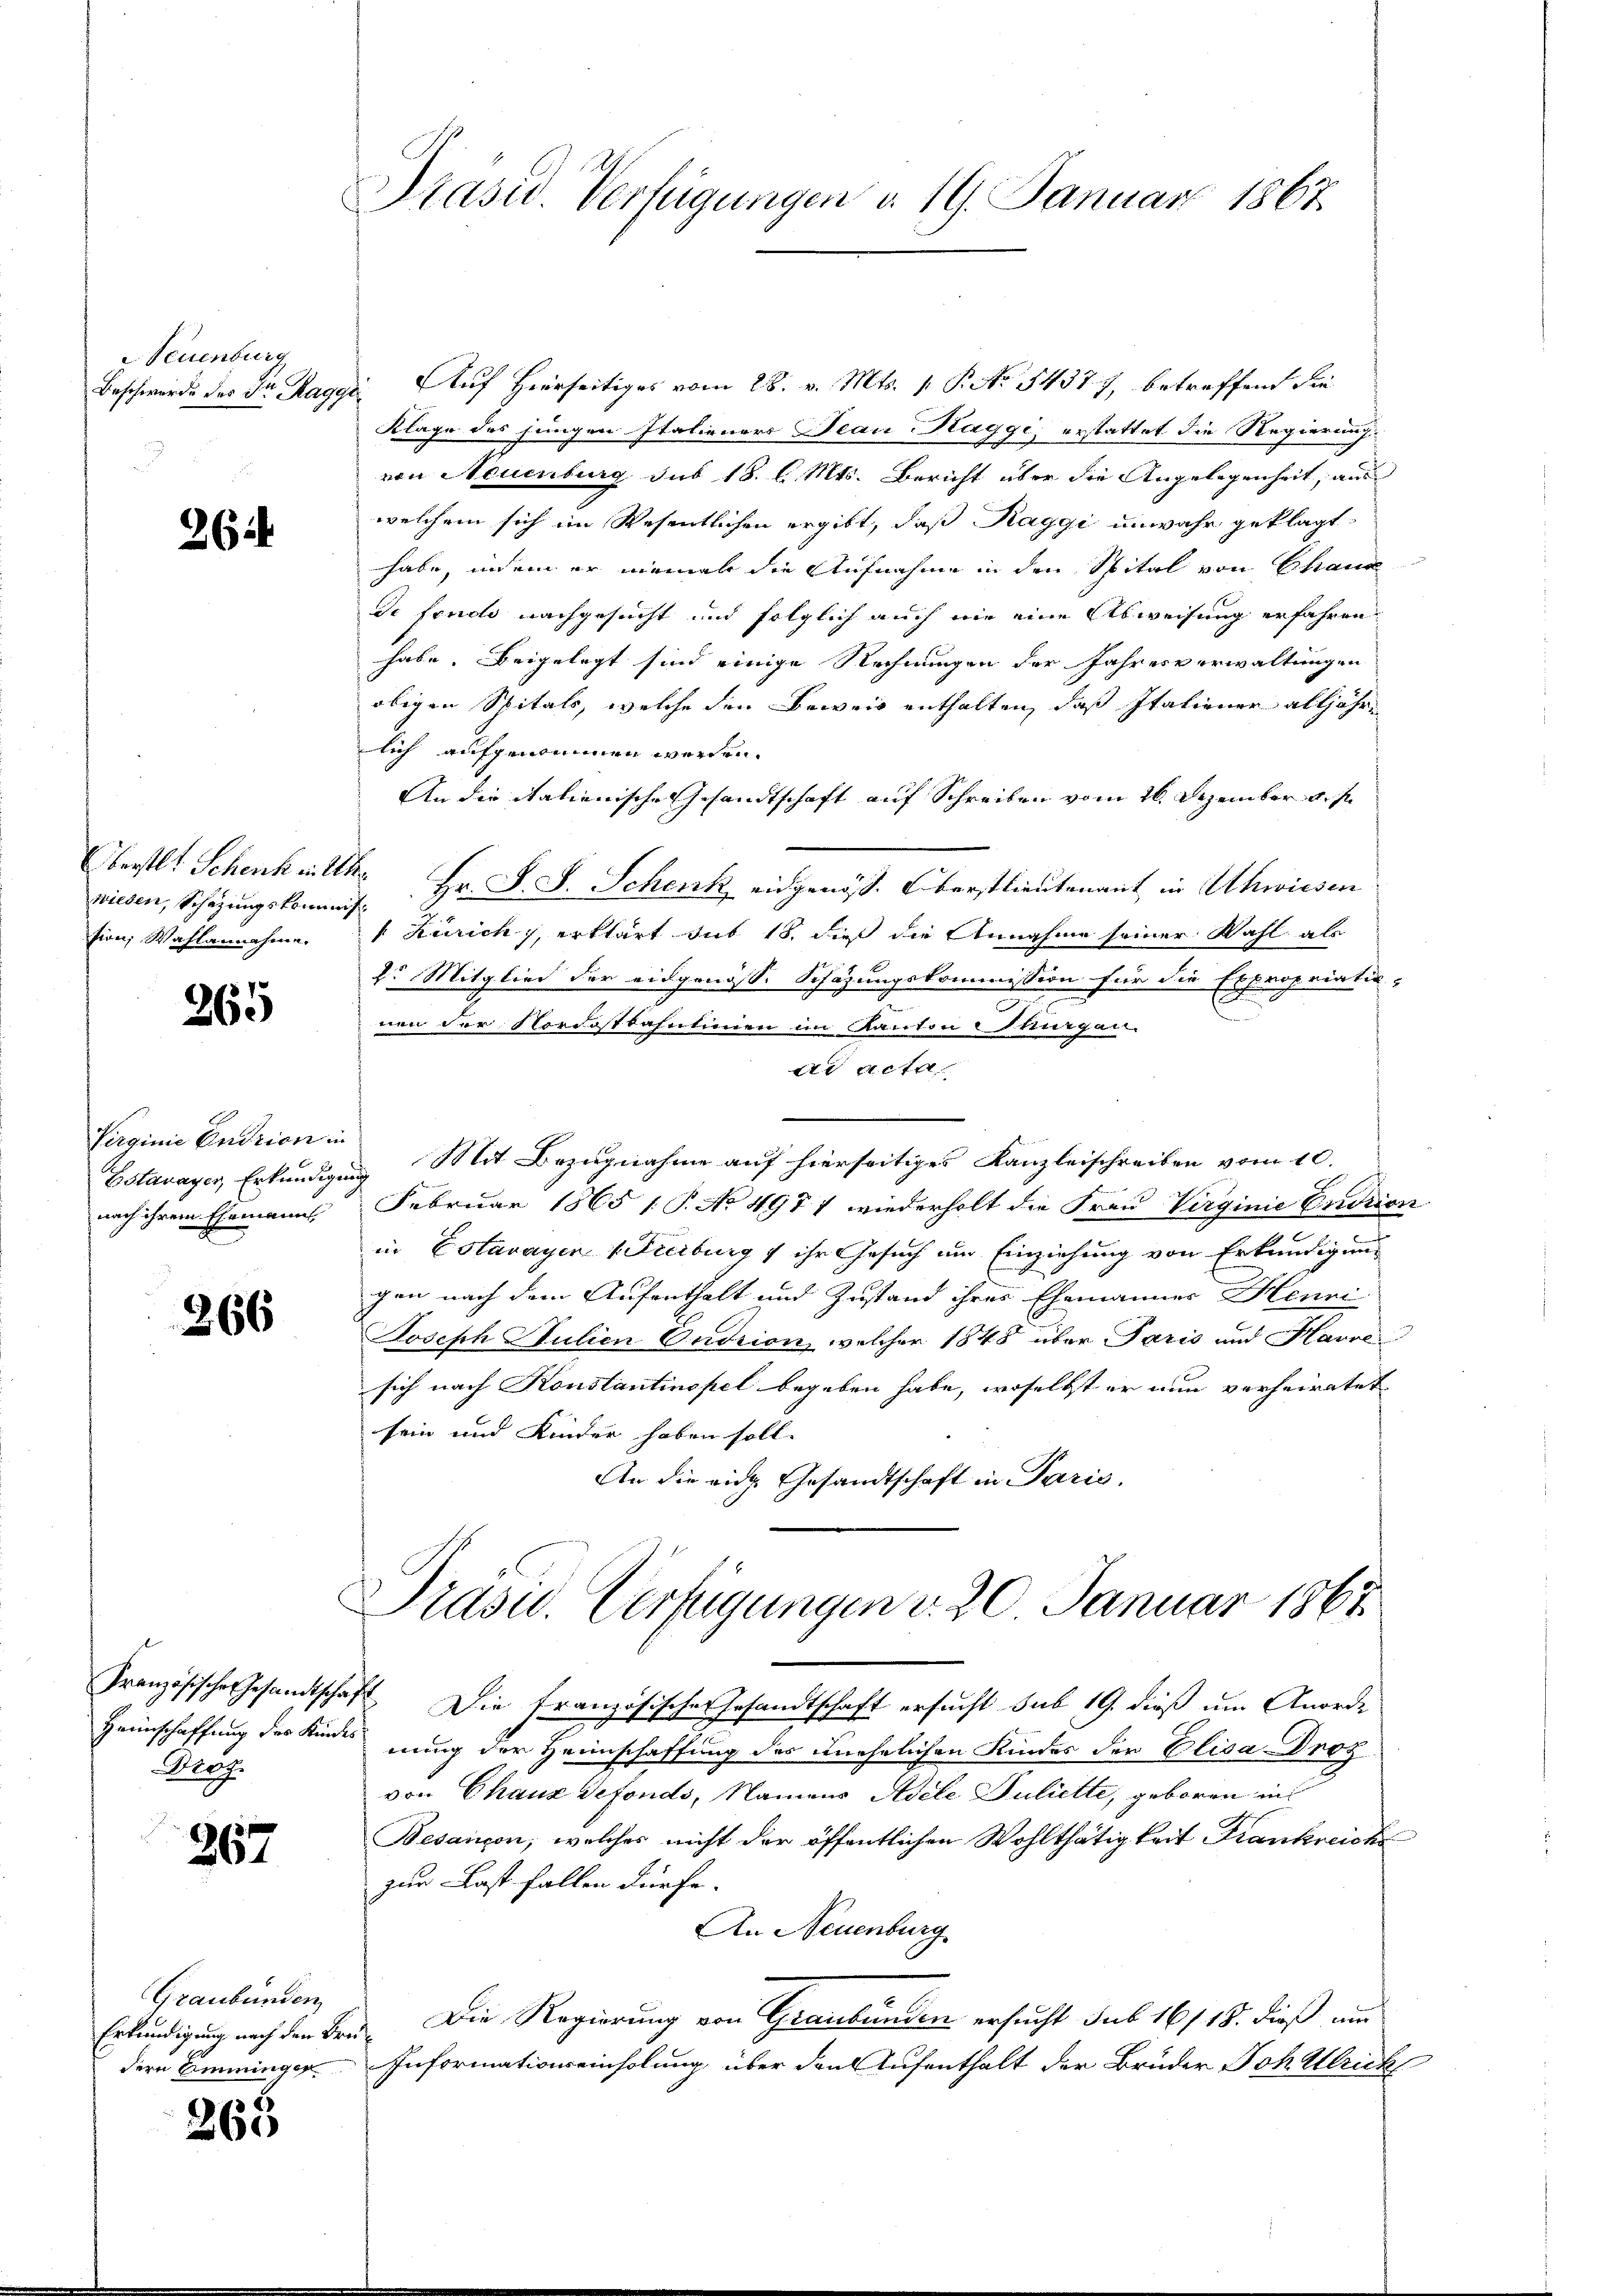
Neuenburg
u

26

wiesen, Schazungskominis
sion, Wahlannahme.

265

Virginie Endrien in
nach ihrem Ehemann

266

Droz.

267

Graubünden
dern Amminger

265

Präsid. Verfügungen v. 19. Januar 1867

Beschwerde des Dr. Raggi Auf Hierseitiges vom 28. v. Mts. 1. P. No 54377, betreffend die
Klage des jungen Italieners Jean Klaggi, erstattet die Regierungvon Neuenburg sub 18. d. Mts. Bericht über die Angelegenheit, aus
welchem sich im Wesentlichen ergibt, daß Raggi unwahr geklagt
habe, indem er niemal die Aufnahme in den Spital von Chaus
de fondo nachgesucht und folglich auch nie eine Abweisung erfahren
habe. Beigelegt sind einige Rechnungen der Jahresverwaltungen
obigen Spitals, welche den Beweis enthalten, daß Italiener alljährlich aufgenommen werden.
An die italienische Gesandtschaft auf Schreiben vom 26. Dezember d. J.
Oberstl. Schenkettko Hr. J. J. Schenk eidgenöss. Oberstlieutenant in Uhwiesen
" Zürich, erklärt sub 18. dieß die Annahme seiner Wahl als
2. Mitglied der eidgenösse Schazungskommission für die Expropriatio-
ven der Nordostbahntionen im Kanton irgen.
di acta
n
Estavayer, Erkundigung. Mit Bezugnahme auf hierseitiges Kanzleischreiben vom 10.
Februar 1865 1 P. No 497 7 wiederholt die Frau Virginie Erdtion
in Estavayer (Freiburg & ihr Gesuch um Einziehung von Erkundigung
gen nach dem Aufenthalt und Zustand ihres Ehemänner Henni
Joseph Julien Ondrion, welcher 1848 über Paris und Havre
sich nach Konstantinopel begeben habe, woselbst er nun verheiratet
sein und Kinder haben soll. |
An die eidg. Gesandtschaft in Paris.

Präsid. Verfügungen d. 20 Januar 1867

Französisches Gesandtschaft. Die französischen Gesandtschaft ersucht sub 19. dieß um Anorde
Heeinschaffung des Kindes nung der Heimschaffung des unehelichen Kindes der Elisa Droz
von Chaux defonds, Namens Adele Juliette, geboren in
Besançon, welches nicht der öffentlichen Wohlthätigkeit Krankreich
zur Last fallen dürfe.
An Neuenburg
Erkundigung nach den Bre. Die Regierung von Graubünden ersucht sub 16/18. dieß am
Informationseinholung über den Aufenthalt der Brüder Joh. Ulrich